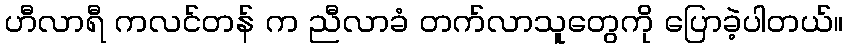
ဟီလာရီ ကလင်တန် က ညီလာခံ တက်လာသူတွေကို ပြောခဲ့ပါတယ်။